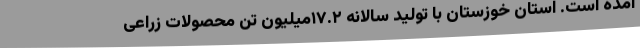
آمده است. استان خوزستان با تولید سالانه ۱۷.۲میلیون تن محصولات زراعی